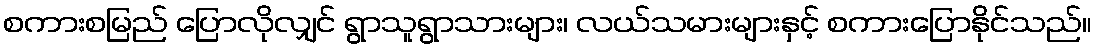
စကားစမြည် ပြောလိုလျှင် ရွာသူရွာသားများ၊ လယ်သမားများနှင့် စကားပြောနိုင်သည်။